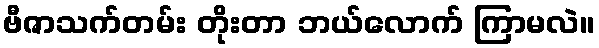
ဗီဇာသက်တမ်း တိုးတာ ဘယ်လောက် ကြာမလဲ။